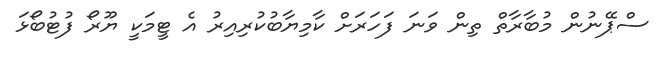
ސްޕޭނުން މުބާރާތް ތިން ވަނަ ފަހަރަށް ކާމިޔާބުކުރިއިރު އެ ޓީމަކީ ޔޫރޯ ފުޓުބޯޅަ